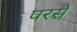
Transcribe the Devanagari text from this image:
परसै